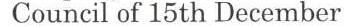
Council of 15th December